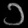
Digit: ၁